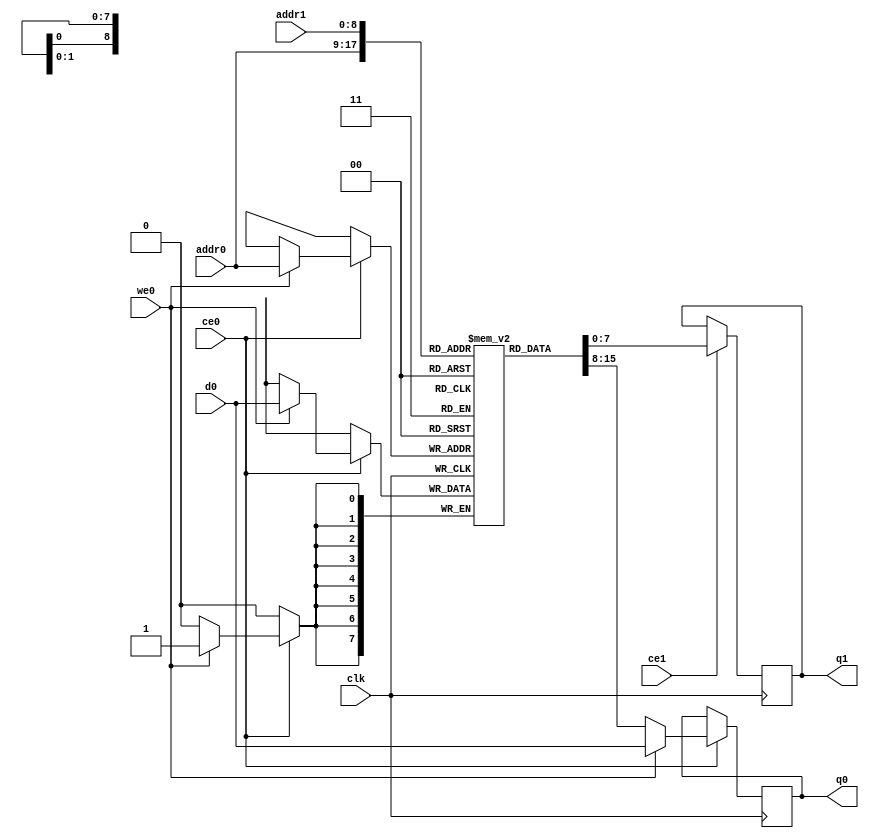
module doImgProc_lineBuff_val_0_ram (addr0, ce0, d0, we0, q0, addr1, ce1, q1,  clk);

parameter DWIDTH = 8;
parameter AWIDTH = 9;
parameter MEM_SIZE = 512;

input[AWIDTH-1:0] addr0;
input ce0;
input[DWIDTH-1:0] d0;
input we0;
output reg[DWIDTH-1:0] q0;
input[AWIDTH-1:0] addr1;
input ce1;
output reg[DWIDTH-1:0] q1;
input clk;

(* ram_style = "block" *)reg [DWIDTH-1:0] ram[MEM_SIZE-1:0];




always @(posedge clk)  
begin 
    if (ce0) 
    begin
        if (we0) 
        begin 
            ram[addr0] <= d0; 
            q0 <= d0;
        end 
        else 
            q0 <= ram[addr0];
    end
end


always @(posedge clk)  
begin 
    if (ce1) 
    begin
            q1 <= ram[addr1];
    end
end


endmodule